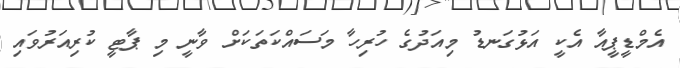
އެމްޑީޕީއާ އެކީ އަޅުގަނޑު މިއަދުގެ ހުރިހާ މަސައްކަތަކަށް ވާނީ މި ޕާޓީ ކުރިއަރުވައި